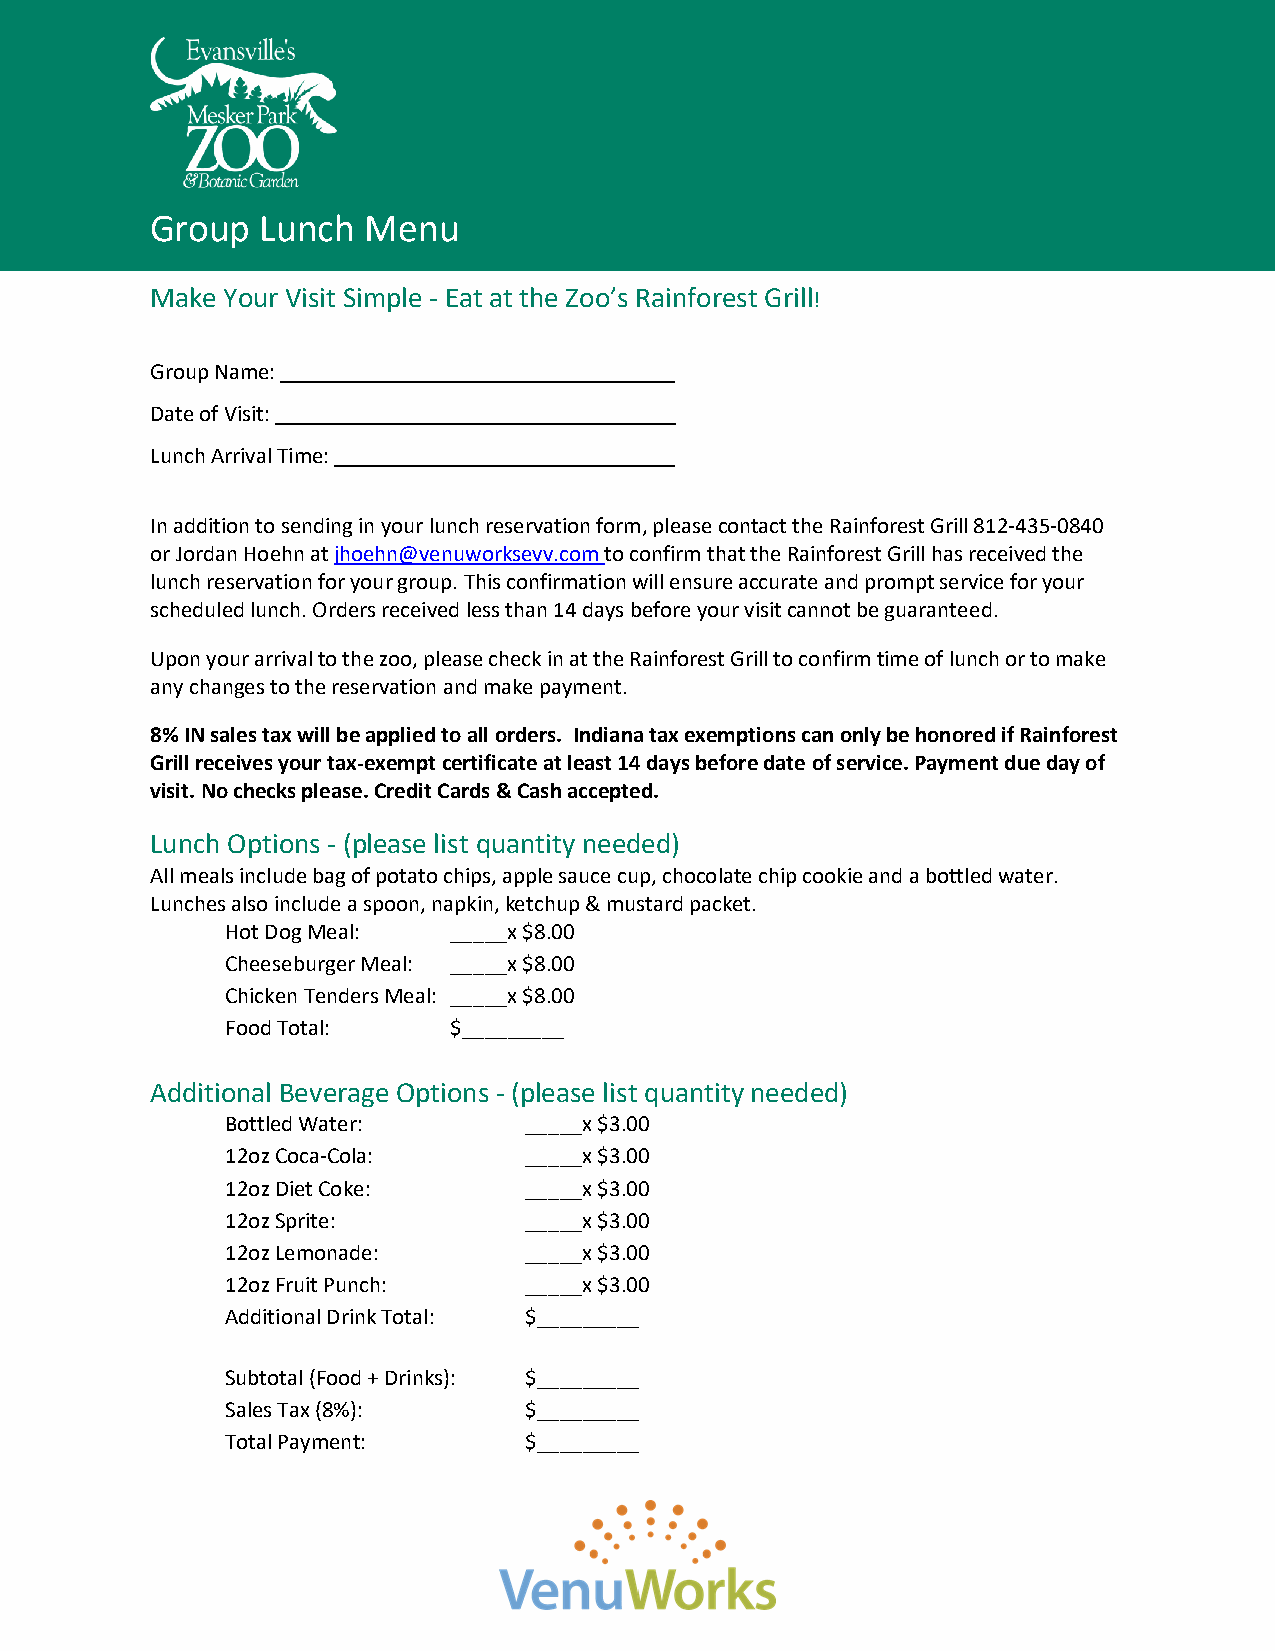
Group  Lunch  Menu
 Make Your Visit Simple - Eat at the Zoo’s Rainforest Grill!
 Group Name:
 Date of Visit:
 Lunch Arrival Time:
 In addition to sending in your lunch reservation form, please contact the Rainforest Grill 812-435-0840
 or Jordan Hoehn at jhoehn@venuworksevv.com to confirm that the Rainforest Grill has received the
 lunch reservation for your group. This confirmation will ensure accurate and prompt service for your
 scheduled lunch. Orders received less than 14 days before your visit cannot be guaranteed.
 Upon your arrival to the zoo, please check in at the Rainforest Grill to confirm time of lunch or to make
 any changes to the reservation and make payment.
 8% IN sales tax will be applied to all orders. Indiana tax exemptions can only be honored if Rainforest
 Grill receives your tax-exempt certificate at least 14 days before date of service. Payment due day of
 visit. No checks please. Credit Cards & Cash accepted.
 Lunch Options - (please list quantity needed)
 All meals include bag of potato chips, apple sauce cup, chocolate chip cookie and a bottled water.
 Lunches also include a spoon, napkin, ketchup & mustard packet.
 Hot Dog Meal:  _____x $8.00
 Cheeseburger Meal: _____x $8.00
 Chicken Tenders Meal: _____x $8.00
 Food Total:    $_________
 Additional Beverage Options - (please list quantity needed)
 Bottled Water:      _____x $3.00
 12oz Coca-Cola:     _____x $3.00
 12oz Diet Coke:     _____x $3.00
 12oz Sprite:        _____x $3.00
 12oz Lemonade:      _____x $3.00
 12oz Fruit Punch:   _____x $3.00
 Additional Drink Total: $_________
 Subtotal (Food + Drinks): $_________
 Sales Tax (8%):     $_________
 Total Payment:      $_________